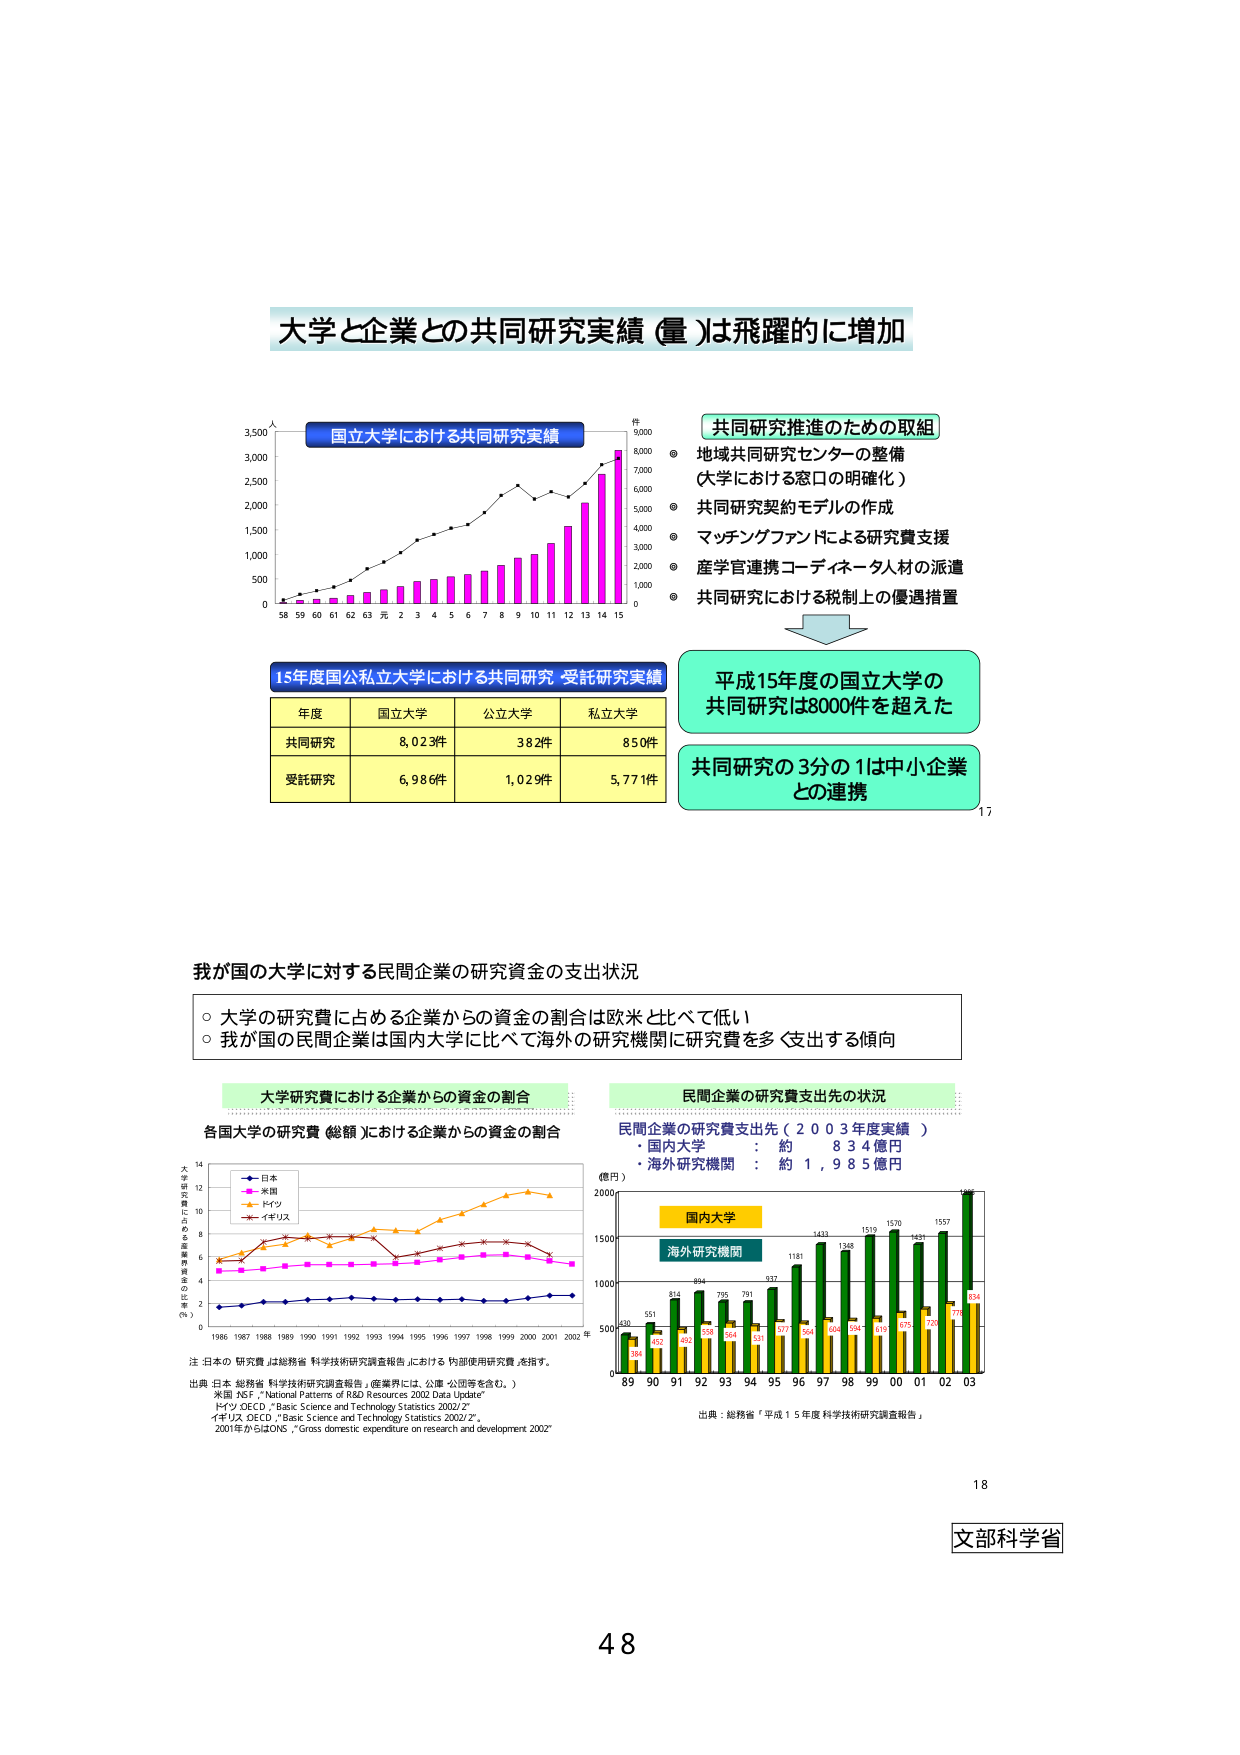
大学と企業との共同研究実績 (量)は飛躍的に増加

国立大学における共同研究実績
件
9,000
8,000
7,000
6,000
5,000
4,000
3,000
2,000
1,000
0
人
3,500
3,000
2,500
2,000
1,500
1,000
500
0
58 59 60 61 62 63 元 2 3 4 5 6 7 8 9 10 11 12 13 14 15

共同研究推進のための取組
● 地域共同研究センターの整備
（大学における窓口の明確化）
● 共同研究契約モデルの作成
● マッチングファンドによる研究費支援
● 産学官連携コーディネータ人材の派遣
● 共同研究における税制上の優遇措置

15年度国公私立大学における共同研究・受託研究実績
年度 国立大学 公立大学 私立大学
共同研究 8,023件 382件 850件
受託研究 6,986件 1,029件 5,771件

平成15年度の国立大学の
共同研究は8000件を超えた

共同研究の3分の1は中小企業
との連携

17

我が国の大学に対する民間企業の研究資金の支出状況

○ 大学の研究費に占める企業からの資金の割合は欧米と比べて低い
○ 我が国の民間企業は国内大学に比べて海外の研究機関に研究費を多く支出する傾向

大学研究費における企業からの資金の割合
各国大学の研究費（総額）における企業からの資金の割合
（％）
14
12
10
8
6
4
2
0
1986 1987 1988 1989 1990 1991 1992 1993 1994 1995 1996 1997 1998 1999 2000 2001 2002 年
日本
米国
ドイツ
イギリス
注：日本の「研究費」は総務省「科学技術研究調査報告」における「内部使用研究費」を指す。
出典：日本 総務省「科学技術研究調査報告」（産業界には、公庫・公団等を含む。）
米国 NSF, "National Patterns of R&D Resources 2002 Data Update"
ドイツ OECD, "Basic Science and Technology Statistics 2002/2"
イギリス OECD, "Basic Science and Technology Statistics 2002/2"
2001年からはONS, "Gross domestic expenditure on research and development 2002"

民間企業の研究費支出先の状況
民間企業の研究費支出先（2003年度実績）
・国内大学 ： 約 834億円
・海外研究機関 ： 約 1,985億円
（億円）
2000
1500
1000
500
0
89 90 91 92 93 94 95 96 97 98 99 00 01 02 03
国内大学
海外研究機関
630
356
551
452
814
602
884
558
795
564
781
637
537
577
1181
564
1433
604
1348
594
1517
619
1570
675
1481
720
1557
776
1985
634
出典：総務省「平成15年度 科学技術研究調査報告」

18

文部科学省

48